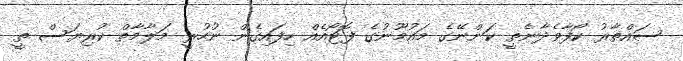
ސައްތާރު ކޯފާވެދާނެތީ ކަންނޭގެ މައުމޫނުގެ ފޮޓޯއެއް ހިފައިގެން ނުހުރީ މަލާމާތް ކުރިޔަސް ތީ